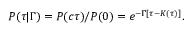
P ( \tau \vert \Gamma ) = P ( c \tau ) / P ( 0 ) = e ^ { - \Gamma [ \tau - K ( \tau ) ] } .